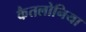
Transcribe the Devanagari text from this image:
कैतलोनिया